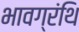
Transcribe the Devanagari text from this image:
भावग्रंथि